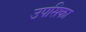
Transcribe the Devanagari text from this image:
उपसिका